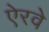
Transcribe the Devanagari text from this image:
ऐरवे